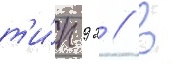
т'и́п 92 // В